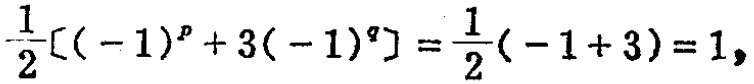
$\frac{1}{2}[(-1)^{p}+3(-1)^{q}]=\frac{1}{2}(-1 + 3)=1,$